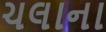
ચલાના